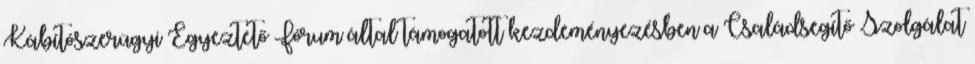
Kábítószerügyi Egyeztető Fórum által támogatott kezdeményezésben a Családsegítő Szolgálat